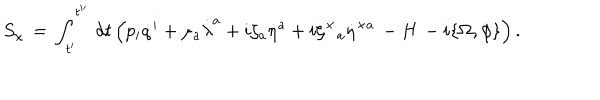
S _ { \chi } \, = \, \int _ { t ^ { \prime } } ^ { t ^ { \prime \prime } } \, d t \left( p _ { i } \dot { q } ^ { i } + \mu _ { a } \dot { \lambda } ^ { a } + i \zeta _ { a } \dot { \eta } ^ { a } + i \zeta ^ { \times } { \! } _ { a } \dot { \eta } ^ { \times a } \, - H \, - i \{ \Omega , \phi \} \right) .